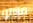
مازالو